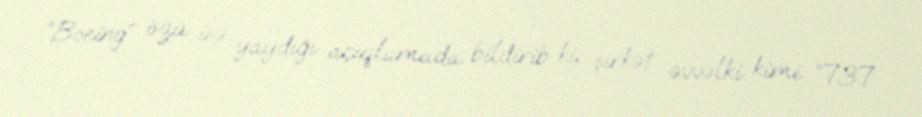
“Boeing” özü isə yaydığı açıqlamada bildirib ki, şirkət əvvəlki kimi “737